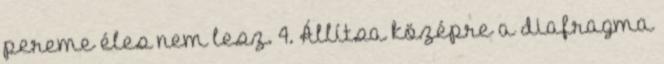
pereme éles nem lesz. 4. Állítsa középre a diafragma